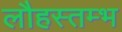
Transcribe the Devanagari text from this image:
लौहस्तम्भ